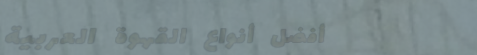
أفضل أنواع القهوة العربية